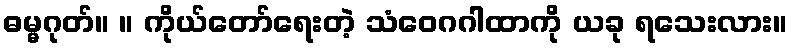
ဓမ္မဂုတ်။ ။ ကိုယ်တော်ရေးတဲ့ သံဝေဂဂါထာကို ယခု ရသေးလား။